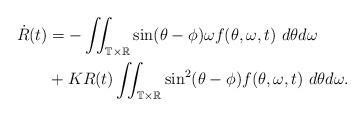
LaTeX: \begin{align*}\begin{aligned} \dot{R}(t) & =-\iint_{\mathbb T \times \mathbb R}\sin(\theta-\phi)\omega f(\theta,\omega,t) ~ d\theta d\omega \\&+KR(t) \iint_{\mathbb T \times \mathbb R} \sin^{2}(\theta-\phi)f(\theta,\omega,t) ~ d\theta d\omega.\end{aligned}\end{align*}